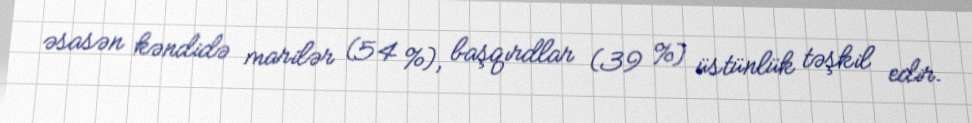
əsasən kəndidə marilər (54 %), başqırdlar (39 %) üstünlük təşkil edir.